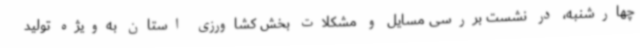
چهارشنبه، در نشست بررسی مسایل و مشکلات بخش کشاورزی استان به‌ویژه تولید